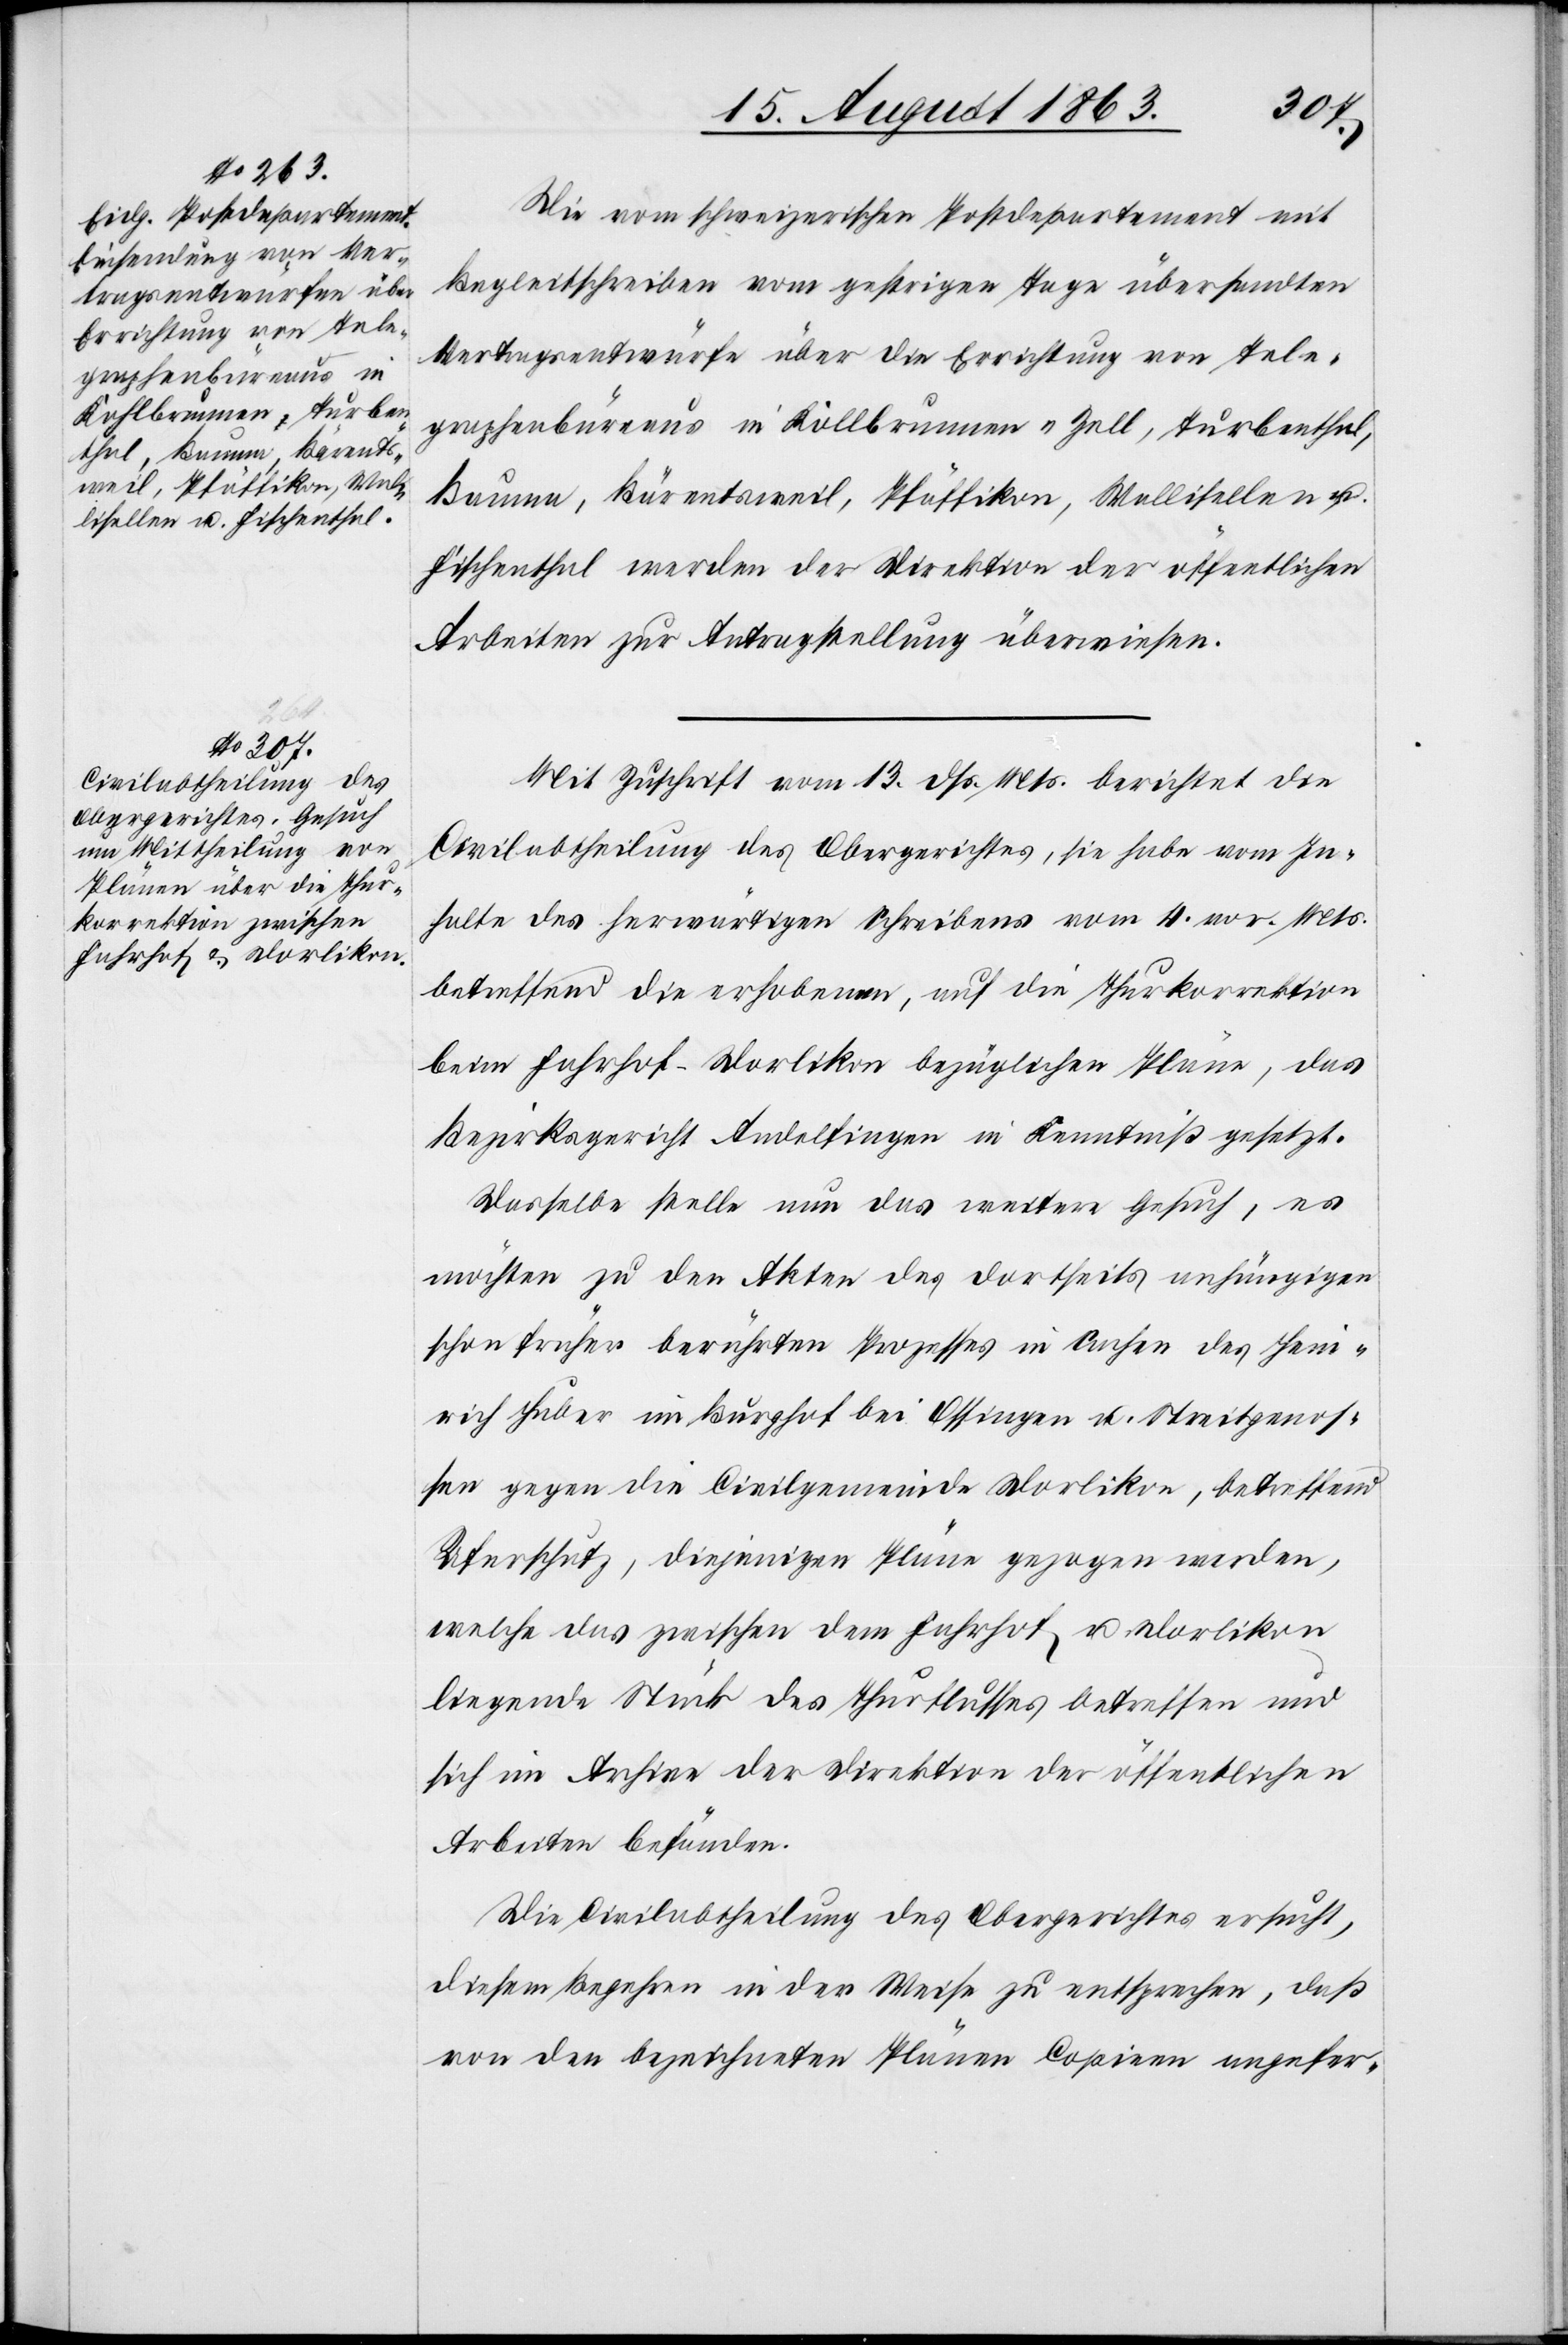
graphenbüreaus in

18. August 1863.]
Die vom schweizerischen Postdepartement mit
Begleitschreiben vom gestrigen Tage übersandten
Vertragsentwürfe über die Errichtung von Tele¬
Bauma, Bärentsweil, Pfäffikon, Wallisellen u.
Fischenthal werden der Direktion der öffentlichen
Arbeiten zur Antragstellung überwiesen.
Mit Zuschrift vom 13. dß. Mts. berichtet die
Civilabtheilung des Obergerichtes, sie habe vom In¬
halte des herwärtigen Schreibens vom 4. vor. Mts.
betreffend die erhobenen, auf die Thurkorrektion
beim Fahrhof-Dorlikon bezüglichen Pläne, das
Bezirksgericht Andelfingen in Kenntniß gesetzt.
Dasselbe stelle nun das weitere Gesuch, es
möchten zu den Akten des dortseits anhängigen
schon früher berührten Prozesses in Sachen des Hein¬
rich Huber im Burghof bei Ossingen u. Streitgenos¬
sen gegen die Civilgemeinde Dorlikon, betreffend
Uferschutz, diejenigen Pläne gezogen werden,
welche das zwischen dem Fahrhof u. Dorlikon
liegende Stück des Thurflusses betreffen und
sich im Archive der Direktion der öffentlichen
Arbeiten befänden.
Die Civilabtheilung des Obergerichtes ersucht,
diesem Begehren in der Weise zu entsprechen, daß
von den bezeichneten Plänen Copieen angefer-